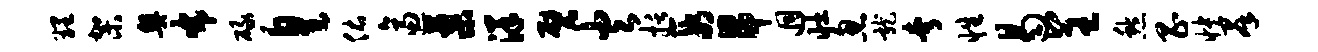
理架奥布碌皇佑逼蓼洋甓火括段昂迥壮忽龙夸性曷呈愁昌怏群